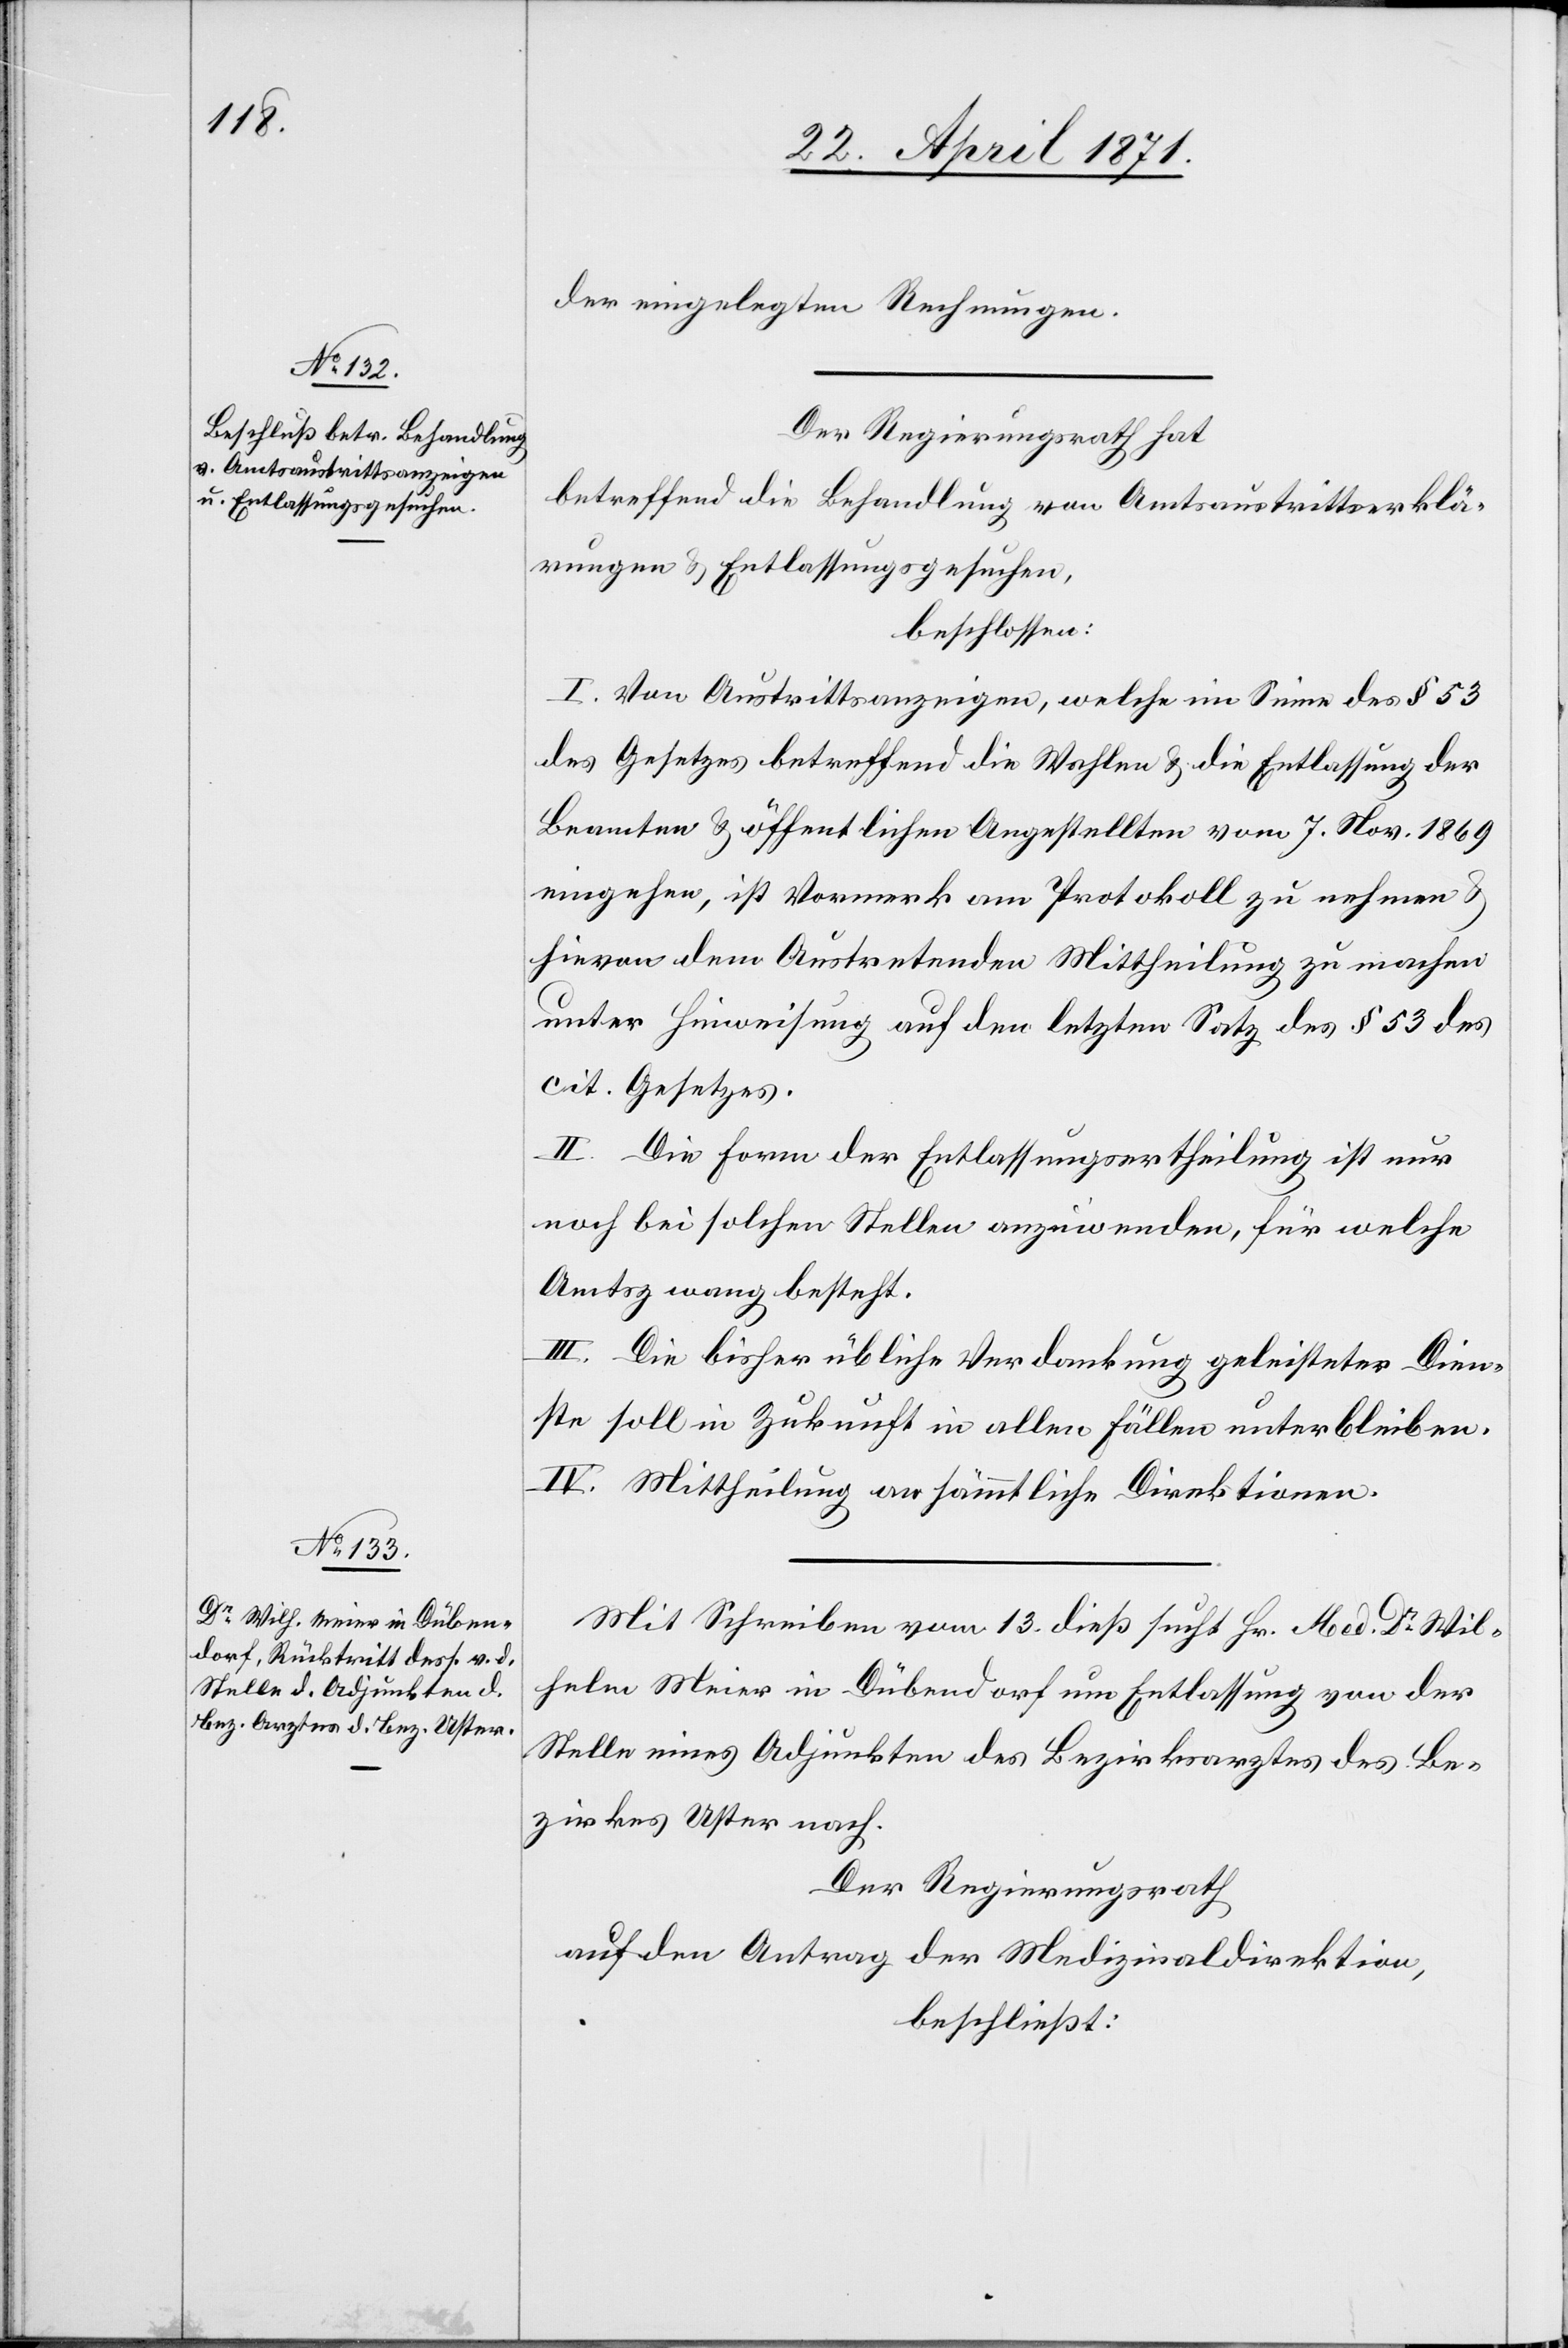
der eingelegten Rechnungen.
Der Regierungsrath hat
betreffend die Behandlung von Amtsaustrittserklä¬
rungen u. Entlassungsgesuchen,
beschlossen:
I. Von Austrittsanzeigen, welche im Sinne des § 53
des Gesetzes betreffend die Wahlen u. die Entlassung der
Beamten u. öffentlichen Angestellten vom 7. Nov. 1869
eingehen, ist Vormerk am Protokoll zu nehmen u.
hievon dem Austretenden Mittheilung zu machen
unter Hinweisung auf den letzten Satz des § 53 des
cit. Gesetzes.
II. Die Form der Entlassungsertheilung ist nur
noch bei solchen Stellen anzuwenden, für welche
Amtszwang besteht.
III. Die bisher übliche Verdankung geleisteter Dien¬
ste soll in Zukunft in allen Fällen unterbleiben.
IV. Mittheilung an sämmtliche Direktionen.
Mit Schreiben vom 13. dieß sucht Hr. Med. Dr. Wil¬
helm Meier in Dübendorf um Entlassung von der
Stelle eines Adjunkten des Bezirksrathes des Be¬
zirkes Uster nach.
Der Regierungsrath
auf den Antrag der Medizinaldirektion,
beschließt: